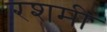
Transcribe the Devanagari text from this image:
रशमी